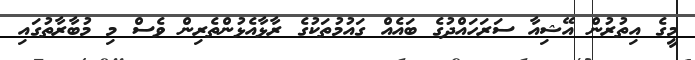
މީގެ އިތުރުން އޭޝިއާ ސަރަހައްދުގެ ބައެއް ގައުމުތަކުގެ ރާޅާއެޅުންތެރިން ވެސް މި މުބާރާތުގައި